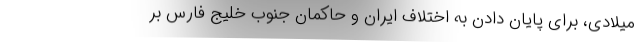
میلادی، برای پایان دادن به اختلاف ایران و حاکمان جنوب خلیج فارس بر